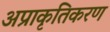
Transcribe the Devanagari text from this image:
अप्राकृतिकरण